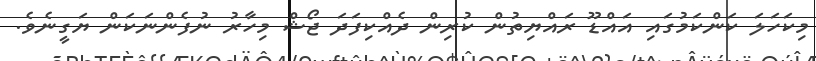
މިކަހަލަ ކަންކަމުގައި އައްޑޫ ރައްޔިތުން ކުރިން ދެއްކިފަދަ ޖޯޝް މިހާރު ނުފެންނަކަން ޔަގީނެވެ.